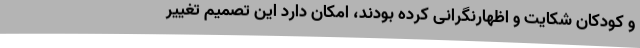
و کودکان شکایت و اظهارنگرانی کرده بودند، امکان دارد این تصمیم تغییر